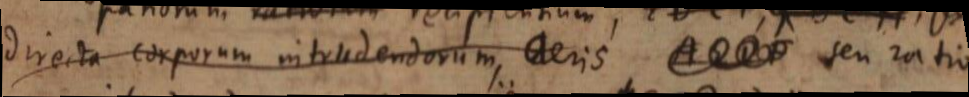
directa corporum intrudendorum aeris seu ratio